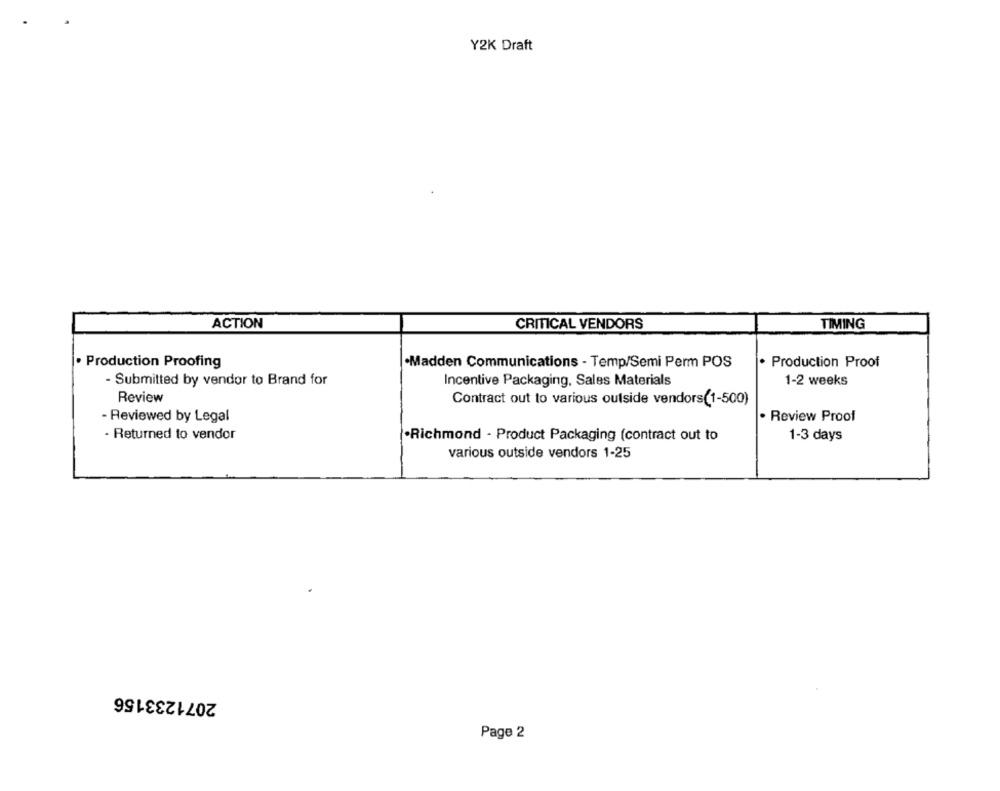
Y2K Draft
ACTION
CRITICAL VENDORS
TIMING
· Production Proofing
·Madden Communications - Temp/Semi Perm POS
. Production Proof
- Submitted by vendor to Brand for
Incentive Packaging, Sales Materials
1-2 weeks
Review
Contract out to various outside vendors(1-500)
- Reviewed by Legal
· Review Proof
- Returned to vendor
.Richmond - Product Packaging (contract out to
1-3 days
various outside vendors 1-25
2071233156
Page 2